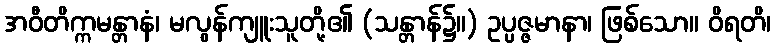
အဝီတိက္ကမန္တာနံ၊ မလွန်ကျူးသူတို့၏ (သန္တာန်၌။) ဥပ္ပဇ္ဇမာနာ၊ ဖြစ်သော။ ဝိရတိ၊